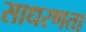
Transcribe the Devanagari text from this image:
साधरणता